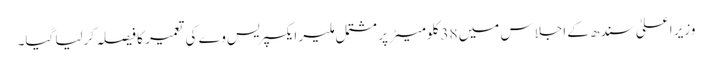
وزیرِ اعلیٰ سندھ کے اجلاس میں 38 کلومیٹر پر مشتمل ملیر ایکسپریس وے کی تعمیر کا فیصلہ کرلیا گیا۔